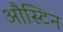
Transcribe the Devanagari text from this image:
औस्टिन